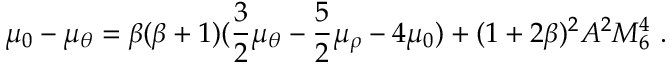
\mu _ { 0 } - \mu _ { \theta } = \beta ( \beta + 1 ) ( \frac { 3 } { 2 } \mu _ { \theta } - \frac { 5 } { 2 } \mu _ { \rho } - 4 \mu _ { 0 } ) + ( 1 + 2 \beta ) ^ { 2 } A ^ { 2 } M _ { 6 } ^ { 4 } ~ .